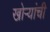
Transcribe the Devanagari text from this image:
खोऱ्यांची